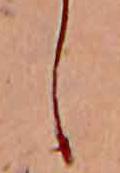
し